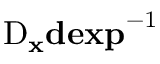
\mathrm { D } _ { \mathbf { x } } \mathbf { d e x p } ^ { - 1 }